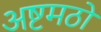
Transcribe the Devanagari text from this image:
अष्टमठों